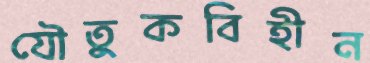
যৌতুকবিহীন